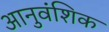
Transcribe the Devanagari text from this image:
आनुवंशिक